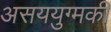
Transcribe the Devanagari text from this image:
असययुग्मकी